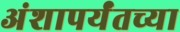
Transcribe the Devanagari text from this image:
अंशापर्यंतच्या